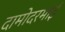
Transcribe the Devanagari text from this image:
दामोदरभाई